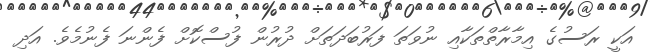
އަކީ ރަސުގެ އިމާރާތްތަކާއި ނުވަތަ ފަރުބަދަތަށް ދުރުން ފުސްކޮށް ފެންނަ ފެނުމެވެ. އަދި